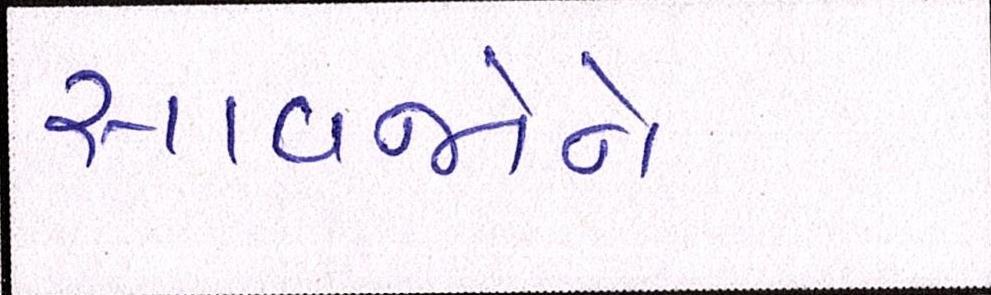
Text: સાવજોને